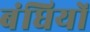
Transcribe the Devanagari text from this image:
बंधियों